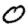
Digit: 0